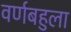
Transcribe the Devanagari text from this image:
वर्णबहुला